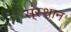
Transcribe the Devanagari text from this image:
स्ंस्थान